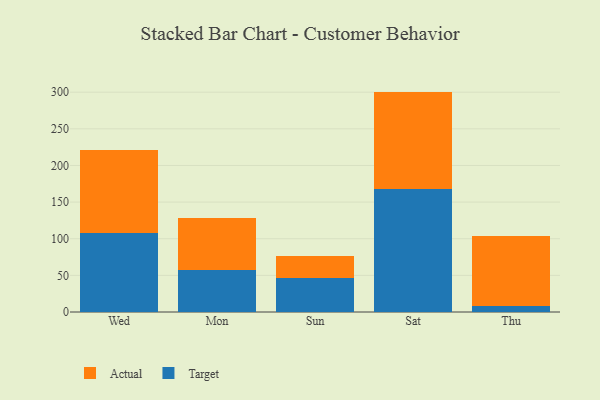
{"axis": {"x": "Day", "y": "Backlog"}, "legend": ["Actual", "Target"], "data": [{"x": "Wed", "y": 107.9, "type": "Target"}, {"x": "Wed", "y": 112.8, "type": "Actual"}, {"x": "Mon", "y": 57.2, "type": "Target"}, {"x": "Mon", "y": 71.0, "type": "Actual"}, {"x": "Sun", "y": 46.0, "type": "Target"}, {"x": "Sun", "y": 30.7, "type": "Actual"}, {"x": "Sat", "y": 168.5, "type": "Target"}, {"x": "Sat", "y": 132.3, "type": "Actual"}, {"x": "Thu", "y": 7.6, "type": "Target"}, {"x": "Thu", "y": 95.7, "type": "Actual"}]}